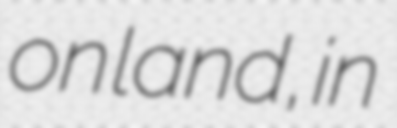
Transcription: on land, in